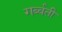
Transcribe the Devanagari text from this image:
गर्ब्वती